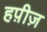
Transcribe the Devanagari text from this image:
हप़ीज़